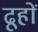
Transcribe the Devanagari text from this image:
ढूहों